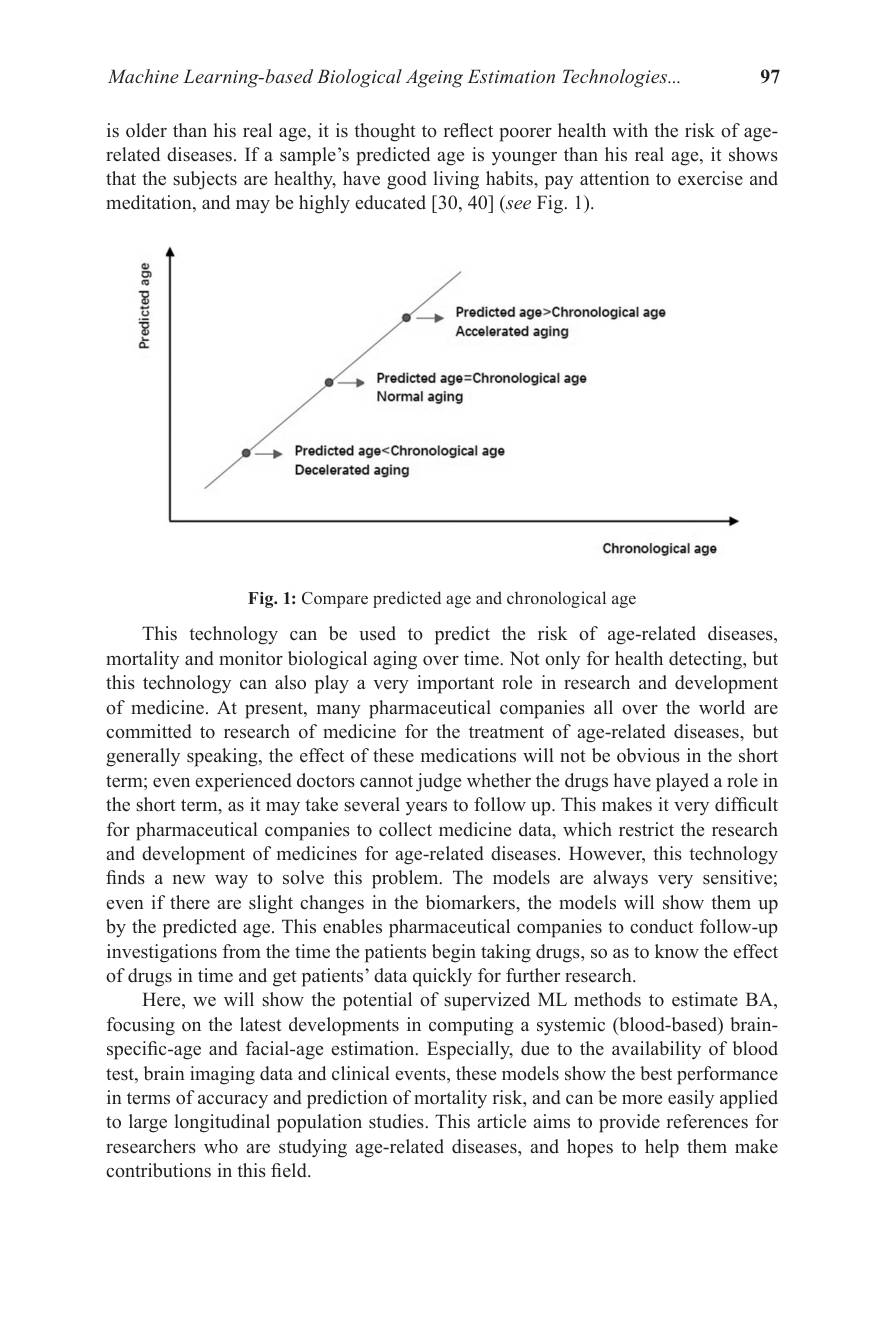
97

Machine Learning-based Biological Ageing Estimation Technologies...

is older than his real age, it is thought to reflect poorer health with the risk of agerelated diseases. If a sample's predicted age is younger than his real age, it shows that the subjects are healthy, have good living habits, pay attention to exercise and meditation, and may be highly educated [30,40] (see Fig. 1).

Predicted
<FigureHere>
Chronological age

Fig. 1: Compare predicted age and chronological age

This technology can be used to predict the risk of age-related diseases, mortality and monitor biological aging over time. Not only for health detecting, but this technology can also play a very important role in research and development of medicine. At present, many pharmaceutical companies all over the world are committed to research of medicine for the treatment of age-related diseases, but generally speaking, the effect of these medications will not be obvious in the short term; even experienced doctors cannot judge whether the drugs have played a role in the short term, as it may take several years to follow up. This makes it very difficult for pharmaceutical companies to collect medicine data, which restrict the research and development of medicines for age-related diseases. However, this technology finds a new way to solve this problem. The models are always very sensitive; even if there are slight changes in the biomarkers, the models will show them up by the predicted age. This enables pharmaceutical companies to conduct follow-up investigations from the time the patients begin taking drugs, so as to know the effect of drugs in time and get patients' data quickly for further research.
Here, we will show the potential of supervized ML methods to estimate BA, focusing on the latest developments in computing a systemic (blood-based) brainspecific-age and facial-age estimation. Especially, due to the availability of blood test, brain imaging data and clinical events, these models show the best performance in terms of accuracy and prediction of mortality risk, and can be more easily applied to large longitudinal population studies. This article aims to provide references for researchers who are studying age-related diseases, and hopes to help them make contributions in this field.